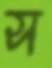
স